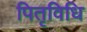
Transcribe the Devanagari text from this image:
पितृविधि